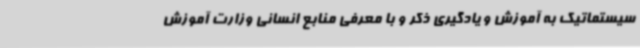
سیستماتیک به آموزش و یادگیری ذکر و با معرفی منابع انسانی وزارت آموزش